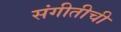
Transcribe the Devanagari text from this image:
संगीतीची